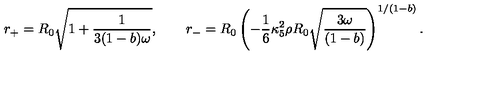
r _ { + } = R _ { 0 } \sqrt { 1 + \frac { 1 } { 3 ( 1 - b ) \omega } } , \qquad r _ { - } = R _ { 0 } \left( - \frac { 1 } { 6 } \kappa _ { 5 } ^ { 2 } \rho R _ { 0 } \sqrt { \frac { 3 \omega } { ( 1 - b ) } } \right) ^ { 1 / ( 1 - b ) } .